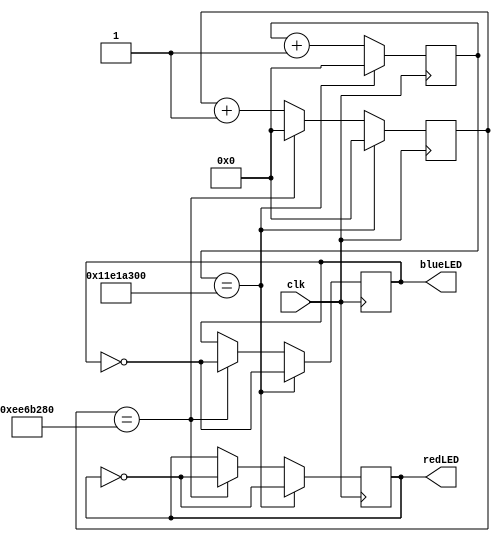
module LED_Controller (
    input wire clk,         // Saat sinyali girii
    output reg redLED,      // Motor kapal olduu zaman verilen sinyal
    output reg blueLED      // Motor ak olduu zaman verilen sinyal
);

reg [31:0] counter_red;     // Bekleme sresi
reg [31:0] counter_blue;    // Sulama sresi

always @(posedge clk) begin
    if (counter_red == 250000000) begin  // 5 saniye (5 * 50000000 = 250000000)
        counter_red <= 0;
        redLED <= ~redLED;                // Sinyali ters evirir
        blueLED <= ~blueLED;              // Sinyali ters evirir
    end else begin
        counter_red <= counter_red + 1;
    end

    if (counter_blue == 300000000) begin  // 6 saniye (6 * 50000000 = 250000000)
        counter_blue <= 0;
        counter_red <= 0;
        blueLED <= ~blueLED;              // Sinyali ters evirir
        redLED <= ~redLED;                // Sinyali ters evirir
    end else begin
        counter_blue <= counter_blue + 1;
    end
end

initial begin
    counter_red <= 0;       // Bekleme sresini sfrla
    counter_blue <= 0;      // Sulama sresini sfrla
    redLED <= 0;            // Balangta sulama aktif deil
    blueLED <= 1;           // Motorumuz balangta aktif durumda deil
end

endmodule